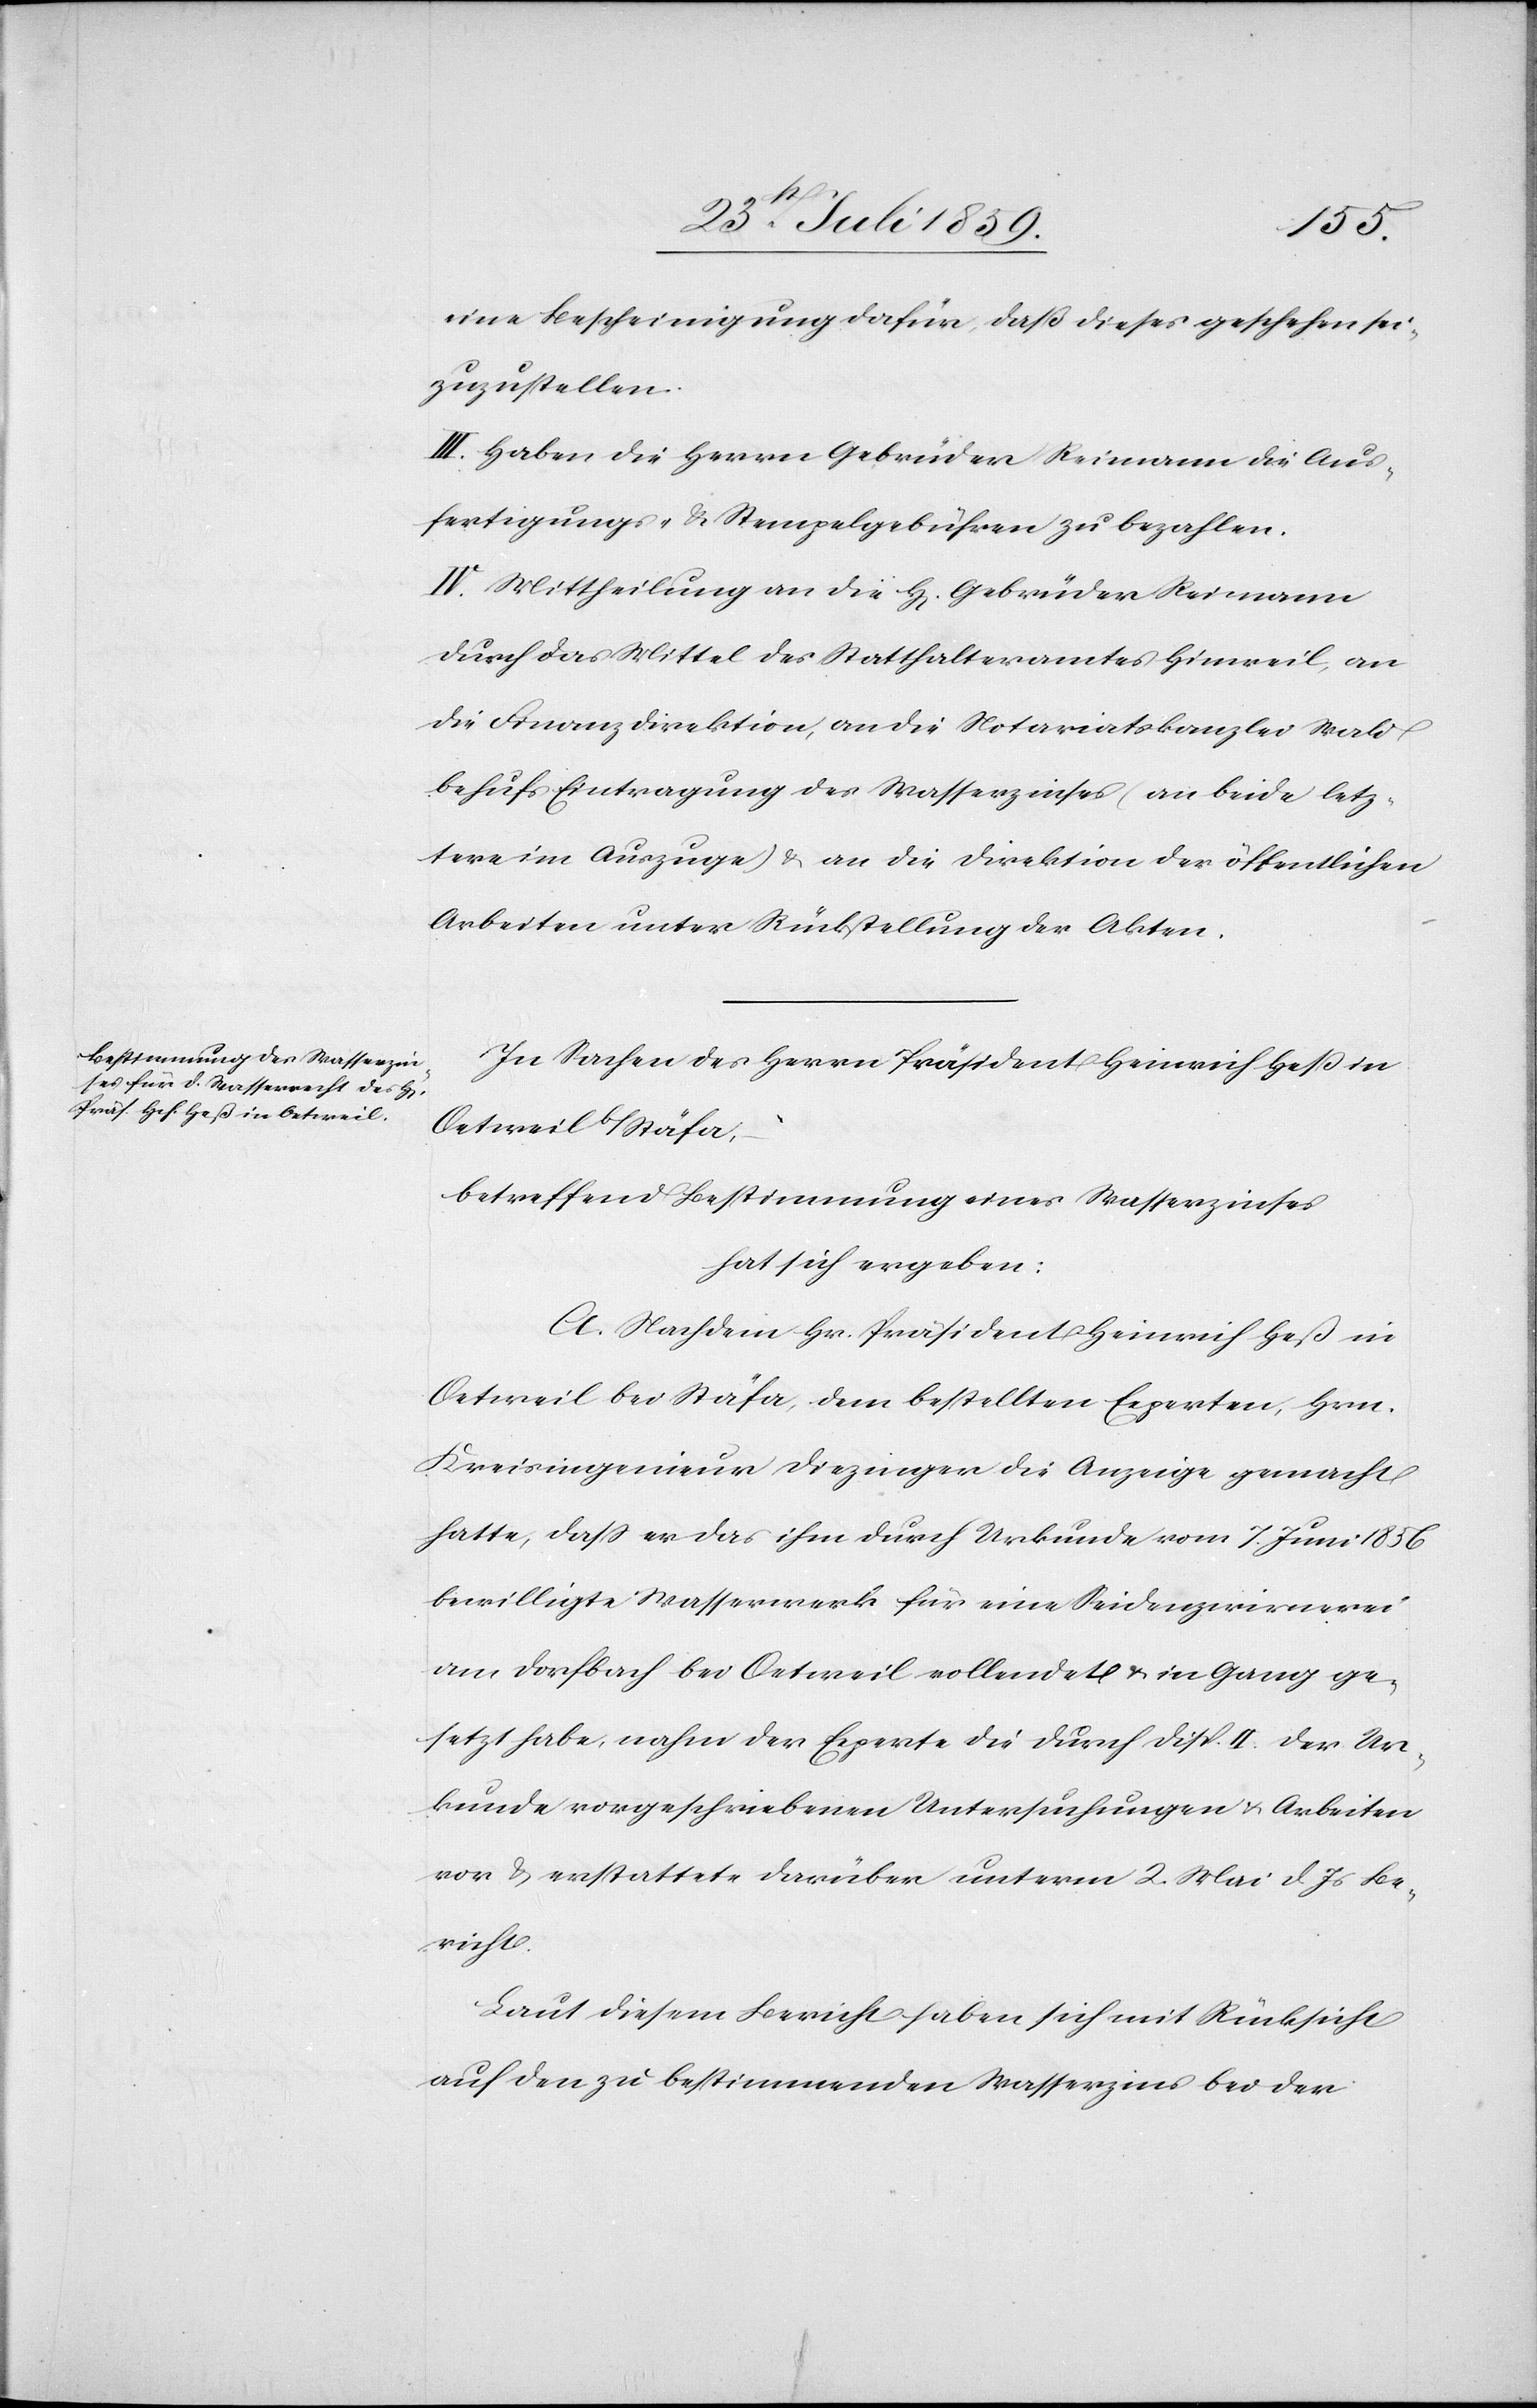
eine Bescheinigung dafür, daß dieses geschehen sei,
zuzustellen.
III. Haben die Herrn Gebrüder Reimann die Aus¬
fertigungs- u. Stempelgebühren zu bezahlen.
IV. Mittheilung an die H[erren] Gebrüder Reimann
durch das Mittel des Statthalteramtes Hinweil, an
die Finanzdirektion, an die Notariatskanzlei Wald
behufs Eintragung des Wasserzinses (an beide letz¬
tere im Auszuge) u. an die Direktion der öffentlichen
Arbeiten unter Rückstellung der Akten.
In Sachen des Herrn Präsident Heinrich Heß in
Oetweil Stäfa,
betreffend Bestimmung eines Wasserzinses
hat sich ergeben:
A. Nachdem Hr. Präsident Heinrich Heß in
Oetweil bei Stäfa, dem bestellten Experten, Hrn.
Kreisingenieur Diezinger die Anzeige gemacht
hatte, daß er das ihm durch Urkunde vom 7. Juni 1856
bewilligte Wasserwerk für eine Seidenzwirnerei
am Dorfbach bei Oetweil vollendet u. in Gang ge¬
setzt habe, nahm der Experte die durch Disp. II. der Ur¬
kunde vorgeschriebenen Untersuchungen u. Arbeiten
vor u. erstattete darüber unterm 2. Mai d. Js. Be¬
richt.
Laut diesem Bericht haben sich mit Rücksicht
auf den zu bestimmenden Wasserzins bei der